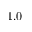
- 1 . 0